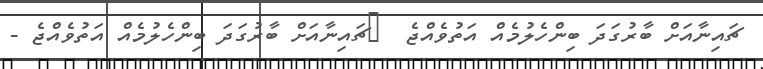
ޗައިނާއަށް ބާރުގަދަ ބިންހެލުމެއް އަތުވެއްޖެ  	ޗައިނާއަށް ބާރުގަދަ ބިންހެލުމެއް އަތުވެއްޖެ -